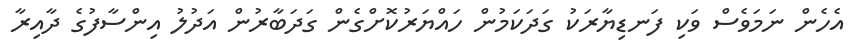
އެހެން ނަމަވެސް ވަކި ފަނޑިޔާރަކު ގަދަކަމުން ހައްޔަރުކޮށްގެން ގަދަބާރުން އަދުލު އިންސާފުގެ ދާއިރާ